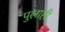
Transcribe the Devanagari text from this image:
पुलाही